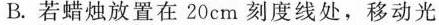
B.若蜡烛放置在20cm刻度线处，移动光